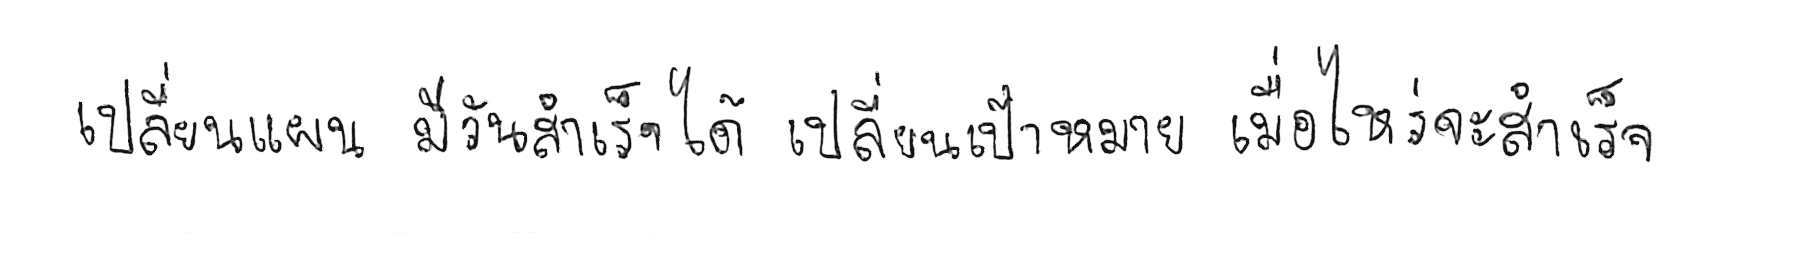
เปลี่ยนแผน มีวันสำเร็จได้ เปลี่ยนเป้าหมาย เมื่อไหร่จะสำเร็จ